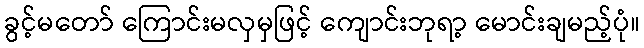
ခွင့်မတော် ကြောင်းမလှမှဖြင့် ကျောင်းဘုရာ့ မောင်းချမည့်ပုံ။